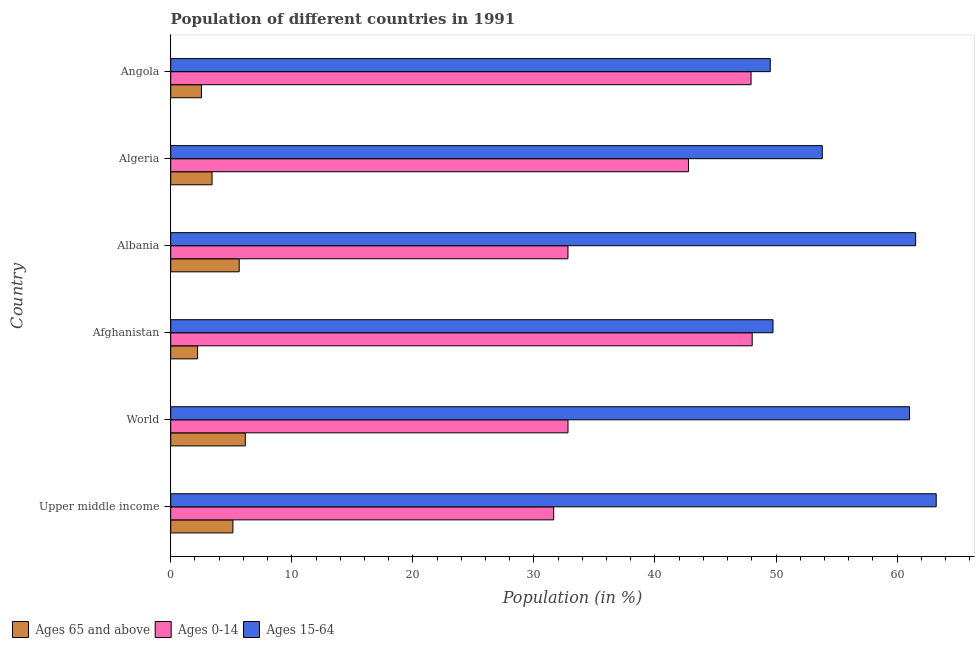
| Country | Ages 65 and above | Ages 0-14 | Ages 15-64 |
 | --- | --- | --- | --- |
 | Upper middle income | 5.14 | 31.6 | 63.2 |
 | World | 6.16 | 32.8 | 61 |
 | Afghanistan | 2.22 | 48 | 49.7 |
 | Albania | 5.66 | 32.8 | 61.5 |
 | Algeria | 3.41 | 42.8 | 53.8 |
 | Angola | 2.54 | 47.9 | 49.5 |